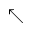
\nwarrow